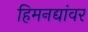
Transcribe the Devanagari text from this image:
हिमनद्यांवर